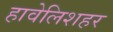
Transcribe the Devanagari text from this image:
हावेलिशहर